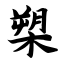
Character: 槊